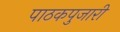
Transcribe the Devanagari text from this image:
पाठकपुजारी